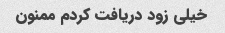
خیلی زود دریافت کردم ممنون